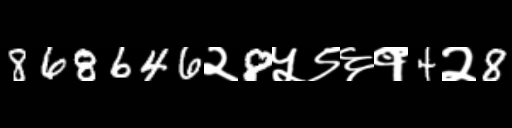
Text: 868646२8५९६१4२8